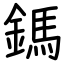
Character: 鎷